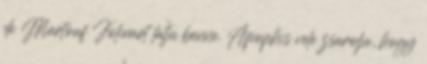
de Martouf Jolinart látja benne. Apophis vele zsarolja, hogy